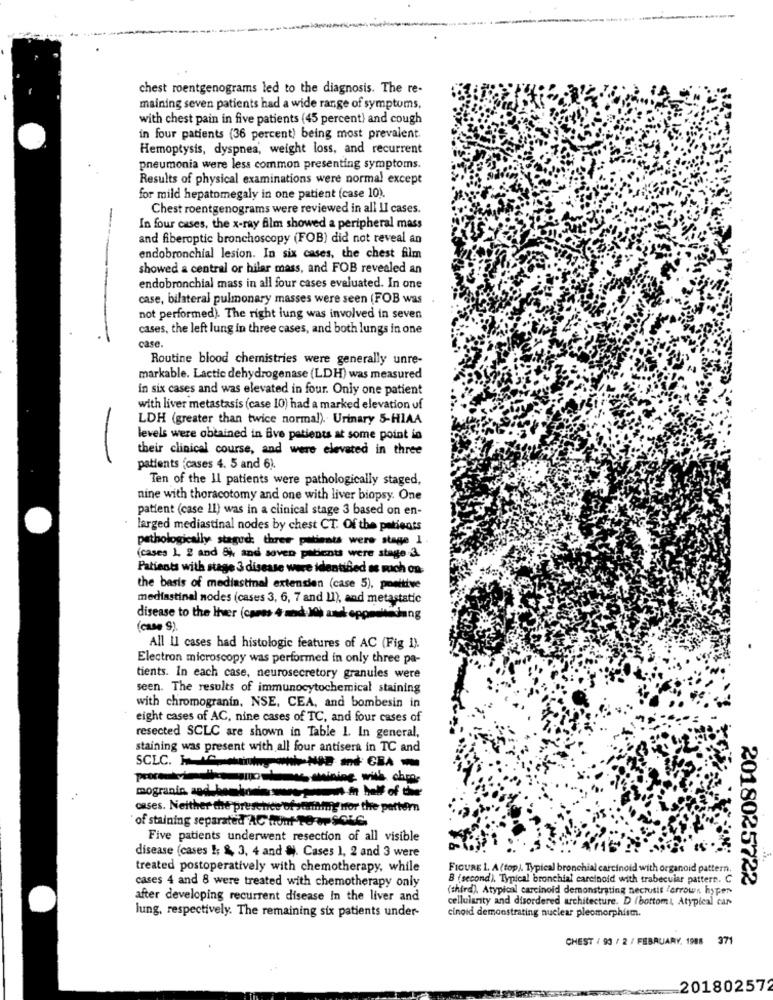
chest roentgenograms led to the diagnosis. The re-
maining seven patients had a wide range of symptoms,
with chest pain in five patients (45 percent) and cough
in four patients (36 percent) being most prevalent.
Hemoptysis, dyspnea, weight loss, and recurrent
pneumonia were less common presenting symptoms.
Results of physical examinations were normal except
for mild hepatomegaly in one patient (case 10).
Chest roentgenograms were reviewed in all II cases.
In four cases, the x-ray film showed a peripheral mass
and fiberoptic bronchoscopy (FOB) did not reveal an
endobronchial lesion. In six cases, the chest film
showed a central or hilar mass, and FOB revealed an
endobronchial mass in all four cases evaluated. In one
case, bilateral pulmonary masses were seen (FOB was
not performed). The right lung was involved in seven
cases, the left lung in three cases, and both lungs in one
case
Routine blood chemistries were generally unre-
markable. Lactic dehydrogenase (LDH) was measured
in six cases and was elevated in four. Only one patient
with liver metastasis (case 10) had a marked elevation of
LDH (greater than twice normal). Urinary 5-HIAA
levels were obtained in Bve patients at some point in
their clinical course, and were elevated in three
-
patients (cases 4. 5 and 6).
Ten of the Il patients were pathologically staged,
nine with thoracotomy and one with liver biopsy. One
patient (case 11) was in a clinical stage 3 based on en-
larged mediastinal nodes by chest CT. Of the patients
pathologically stagod, three patients were stage 1
(cases 1. 2 and 8% and soven patients were stage 3.
Patients with stage 3 disease were identified as much on
the basis of mediastinal extenden (case 5), positive
mediastinal nodes (cases 3, 6, 7 and 11), and metastatic
disease to the Ihr (cares 4 and )@ axel oppmentadang
(case S).
All Il cases had histologic features of AC (Fig I).
Electron microscopy was performed in only three pa-
tients. In each case, neurosecretory granules were
seen. The results of immunocytochemical staining
with chromogranin, NSE, CEA, and bombesin in
eight cases of AC, nine cases of TC, and four cases of
resected SCLC are shown in Table 1. In general,
staining was present with all four antisera in TC and
manpodemos mining wish class.
mogranin, and besskunne sourcemoment.in half of
cases. Neither the presence of yerininy nfor the pattern
of staining separated AC hunt TO OP SOLC.
Five patients underwent resection of all visible
disease (cases !; &, 3, 4 and §). Cases 1, 2 and 3 were
treated postoperatively with chemotherapy, while
FIGURE 1. A (top). Typical bronchial carcinoid with organoid pattern.
cases 4 and 8 were treated with chemotherapy only
B (second). Typical bronchial carcinoid with trabecular pattern. C
2018025722
(third). Atypical carcinoid demonstrating necrosis "arrows hyper
after developing recurrent disease In the liver and
cellularity and disordered architecture. D (bottom, Atypical car
cinoid demonstrating nuclear pleomorphismn.
lung, respectively. The remaining six patients under-
CHEST / 93 / 2 / FEBRUARY. 1988 371
201802572